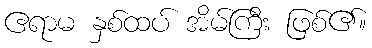
ဧရာမ နှစ်ထပ် အိမ်ကြီး ဖြစ်၏။